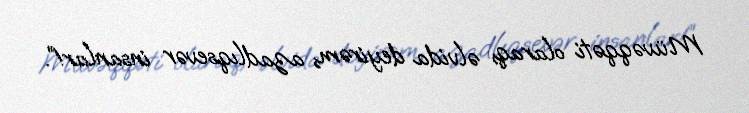
Müvəqqəti olaraq, əlvida deyirəm, azadlıqsevər insanlar!”.